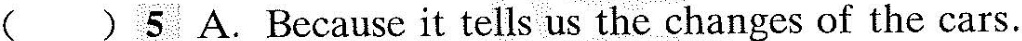
( )5 A. Because it tells us the changes of the cars.